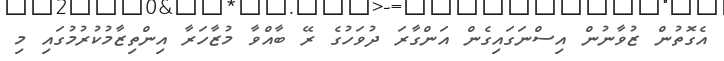
އެގޮތުން ޒުވާނުން އިސްނަގައިގެން އަންގާރަ ދުވަހުގެ ރޭ ބާއްވާ މުޒާހަރާ އިންތިޒާމުކުރުމުގައި މި